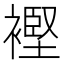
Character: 𧜶